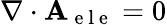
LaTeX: \mathbf{\nabla}\cdot\mathbf{A}_{\mathrm{~e~l~e~}}=0